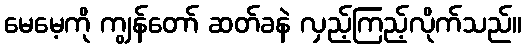
မေမေ့ကို ကျွန်တော် ဆတ်ခနဲ လှည့်ကြည့်လိုက်သည်။